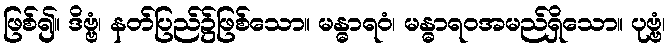
ဖြစ်၍။ ဒိဗ္ဗံ၊ နတ်ပြည်၌ဖြစ်သော။ မန္ဓာရဝံ၊ မန္ဓာရဝအမည်ရှိသော။ ပုဗ္ဗံ၊